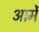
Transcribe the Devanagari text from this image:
आर्मे